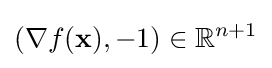
(\nabla f(\mathbf {x} ),-1)\in \mathbb {R} ^{n+1}